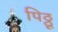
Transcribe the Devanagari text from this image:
पिठ्ठू